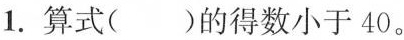
1.算式()的得数小于40。